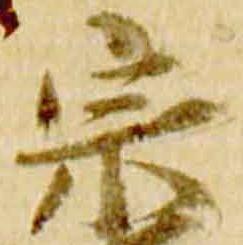
宗